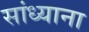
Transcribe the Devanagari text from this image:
सांध्याना